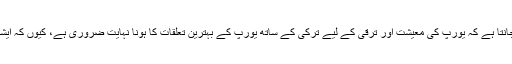
دوسری طرف یورپ آج بھی اس بات کو اچھی طرح جانتا ہے کہ یورپ کی معیشت اور ترقی کے لیے ترکی کے ساتھ یورپ کے بہترین تعلقات کا ہونا نہایت ضروری ہے، کیوں کہ ایشیا تک یورپ کی رسائی کا یہی واحد زمینی راستہ ہے۔